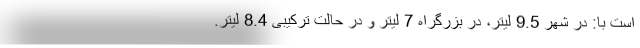
است با: در شهر 9.5 لیتر، در بزرگراه 7 لیتر و در حالت ترکیبی 8.4 لیتر.